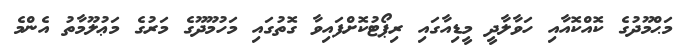
މަޙްމޫދުގެ ކޮއްކޮއާއި ހަވާލާދީ މީޑިއާގައި ރިޕޯޓުކޮށްފައިވާ ގޮތުގައި މަހުމޫދޫގެ މަރުގެ މަޢުލޫމާތު އެންމެ